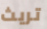
تريث